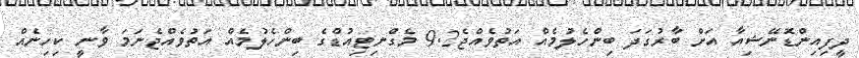
ދީފިއިންޑޮނޭޝިއާ އަށް ބާރުގަދަ ބިންހެލުމެއް އަތުވެއްޖެ9.2 މެގްނިޓިއުޑްގެ ބިންހެލުމެއް އަތުވެއްޖެނަމަ ވާނީ ކިހިނެއް